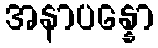
အနာပန္နော